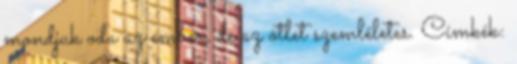
mondjuk oda az ember, de az ötlet szemléletes. Címkék: